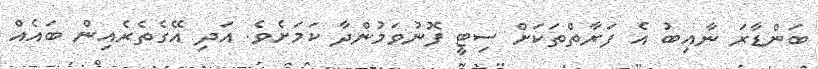
ބަންޑާރަ ނާއިބު އެ ފަރާތްތަކަށް ސިޓީ ފޮނުވަމުންދާ ކަމަށެވެ. އަދި އޭގެތެރެއިން ބައެއް